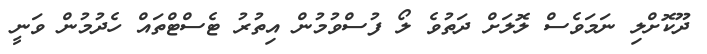
ދޫކޮށްލި ނަމަވެސް ލޮލަށް ދަތުވެ ލޯ ފުސްވުމުން އިތުރު ޓެސްޓްތައް ހެދުމުން ވަނީ